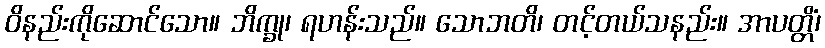
ဝိနည်းကိုဆောင်သော။ ဘိက္ခု၊ ရဟန်းသည်။ သောဘတိ၊ တင့်တယ်သနည်း။ အာပတ္တိံ၊